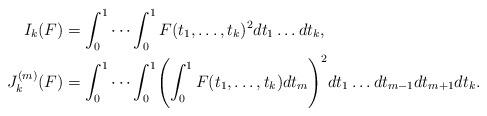
LaTeX: \begin{align*}I_k(F)&=\int_0^1\cdots\int_0^1F(t_1,\ldots,t_k)^2dt_1\ldots dt_k,\\J_k^{(m)}(F)&=\int_0^1\cdots\int_0^1\Biggl(\int_0^1F(t_1,\ldots,t_k)dt_m\Biggr)^2dt_1\ldots dt_{m-1}dt_{m+1}dt_k.\end{align*}